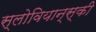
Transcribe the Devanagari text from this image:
स्लोवियान्स्की